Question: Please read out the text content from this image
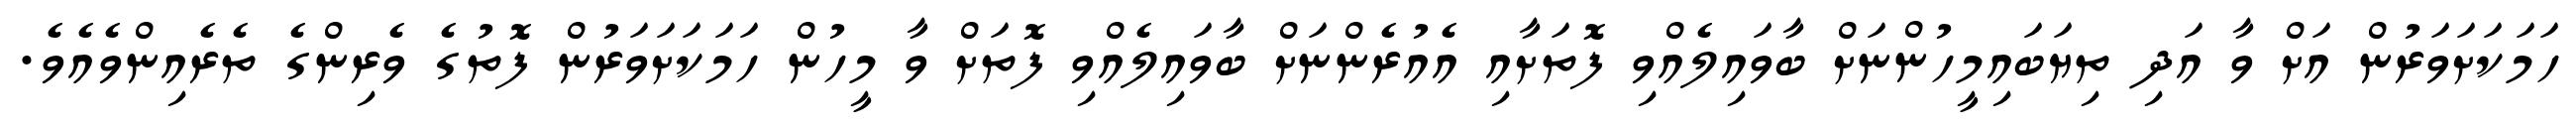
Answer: ހަމަކަށަވަރުން އަށް ވާ އަދި ތިޔަބައިމީހުންނަށް ބާވައިލެއްވި ފޮތަށާއި އެއުރެންނަށް ބާވައިލެއްވި ފޮތަށް ވާ މީހުން ހަމަކަށަވަރުން ފޮތުގެ ވެރިންގެ ތެރެއިންވެއެވެ.